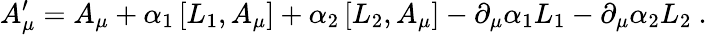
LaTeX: A_{\mu}^{\prime}=A_{\mu}+\alpha_{1}\left[L_{1},A_{\mu}\right]+\alpha_{2}\left[L_{2},A_{\mu}\right]-\partial_{\mu}\alpha_{1}L_{1}-\partial_{\mu}\alpha_{2}L_{2}\ .